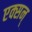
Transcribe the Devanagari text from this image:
एक्सन्